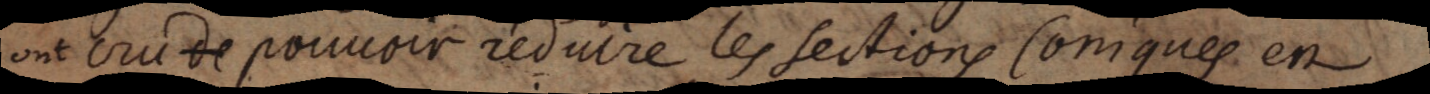
ont cru de pouvoir reduire les sections Coniques en